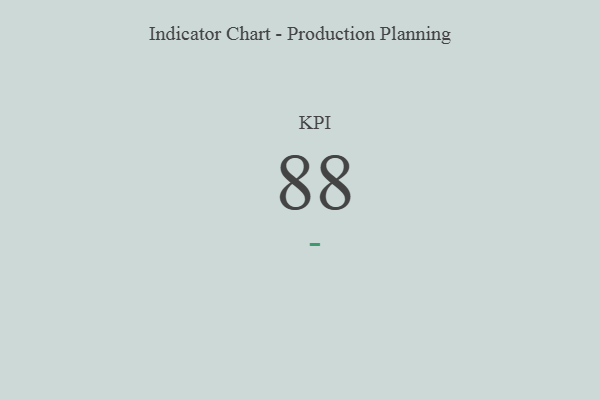
{"axis": {"x": "KPI", "y": "Value"}, "legend": [""], "data": [{"x": "KPI", "y": 88, "type": ""}]}